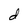
Character: d